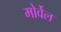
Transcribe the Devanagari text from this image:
मोर्वेल